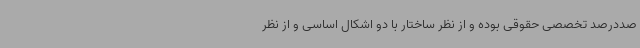
صددرصد تخصصی حقوقی بوده و از نظر ساختار با دو اشکال اساسی و از نظر